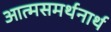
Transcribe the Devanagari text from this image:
आत्मसमर्थनार्थ